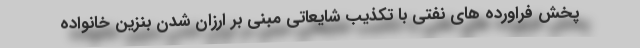
پخش فراورده های نفتی با تکذیب شایعاتی مبنی بر ارزان شدن بنزین خانواده